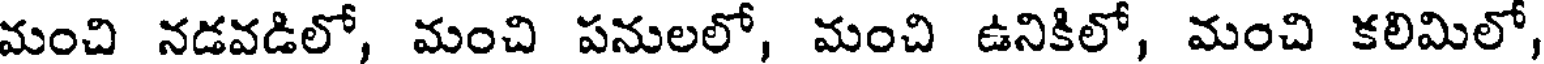
మంచి నడవడిలో, మంచి పనులలో, మంచి ఉనికిలో, మంచి కలిమిలో,